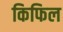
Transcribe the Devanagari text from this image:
किफिल